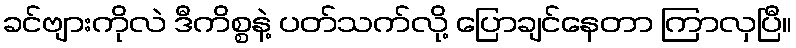
ခင်ဗျားကိုလဲ ဒီကိစ္စနဲ့ ပတ်သက်လို့ ပြောချင်နေတာ ကြာလှပြီ။